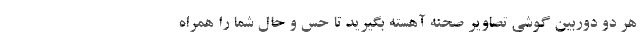
هر دو دوربین گوشی تصاویر صحنه آهسته بگیرید تا حس و حال شما را همراه